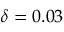
\delta = 0 . 0 3